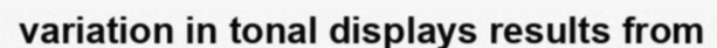
variation in tonal displays results from